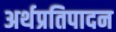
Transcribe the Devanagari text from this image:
अर्थप्रतिपादन